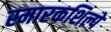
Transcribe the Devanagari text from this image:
स्मारकशिल्पे